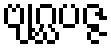
ဗျဂ္ဃပဇ္ဇ